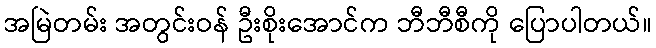
အမြဲတမ်း အတွင်းဝန် ဦးစိုးအောင်က ဘီဘီစီကို ပြောပါတယ်။